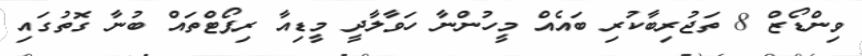
ވިންޑޯޒް 8 ތަޖުރިބާކުރި ބައެއް މީހުންނާ ހަވާލާދީ މީޑިއާ ރިޕޯޓްތައް ބުނާ ގޮތުގައި